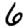
Digit: 6